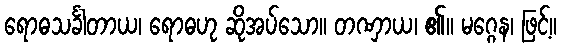
ရောဓသင်္ခါတာယ၊ ရောဓဟု ဆိုအပ်သော။ တဏှာယ၊ ၏။ မဂ္ဂေန၊ ဖြင့်။